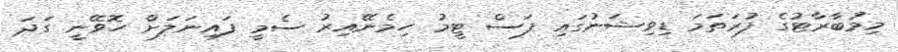
މިމުބާރާޓުގެ ފުރަތަމަ ޑިވިޝަނުގައި ފަސް ޓީމު ހިމެނޭއިރު ސެމީ ފައިނަލަށް ހޮވޭނީ ގަދަ